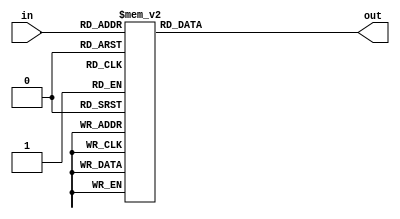
module decoder(in,out);

input[2:0]in;
output[7:0]out;
reg [7:0]out;

always@(in)
case(in)
3'b000:out=8'b000000001;
3'b001:out=8'b000000010;
3'b010:out=8'b000000100;
3'b011:out=8'b000001000;
3'b100:out=8'b000010000;
3'b101:out=8'b000100000;
3'b110:out=8'b001000000;
3'b111:out=8'b010000000;


   default : out = 8'b00000000;
 endcase

endmodule